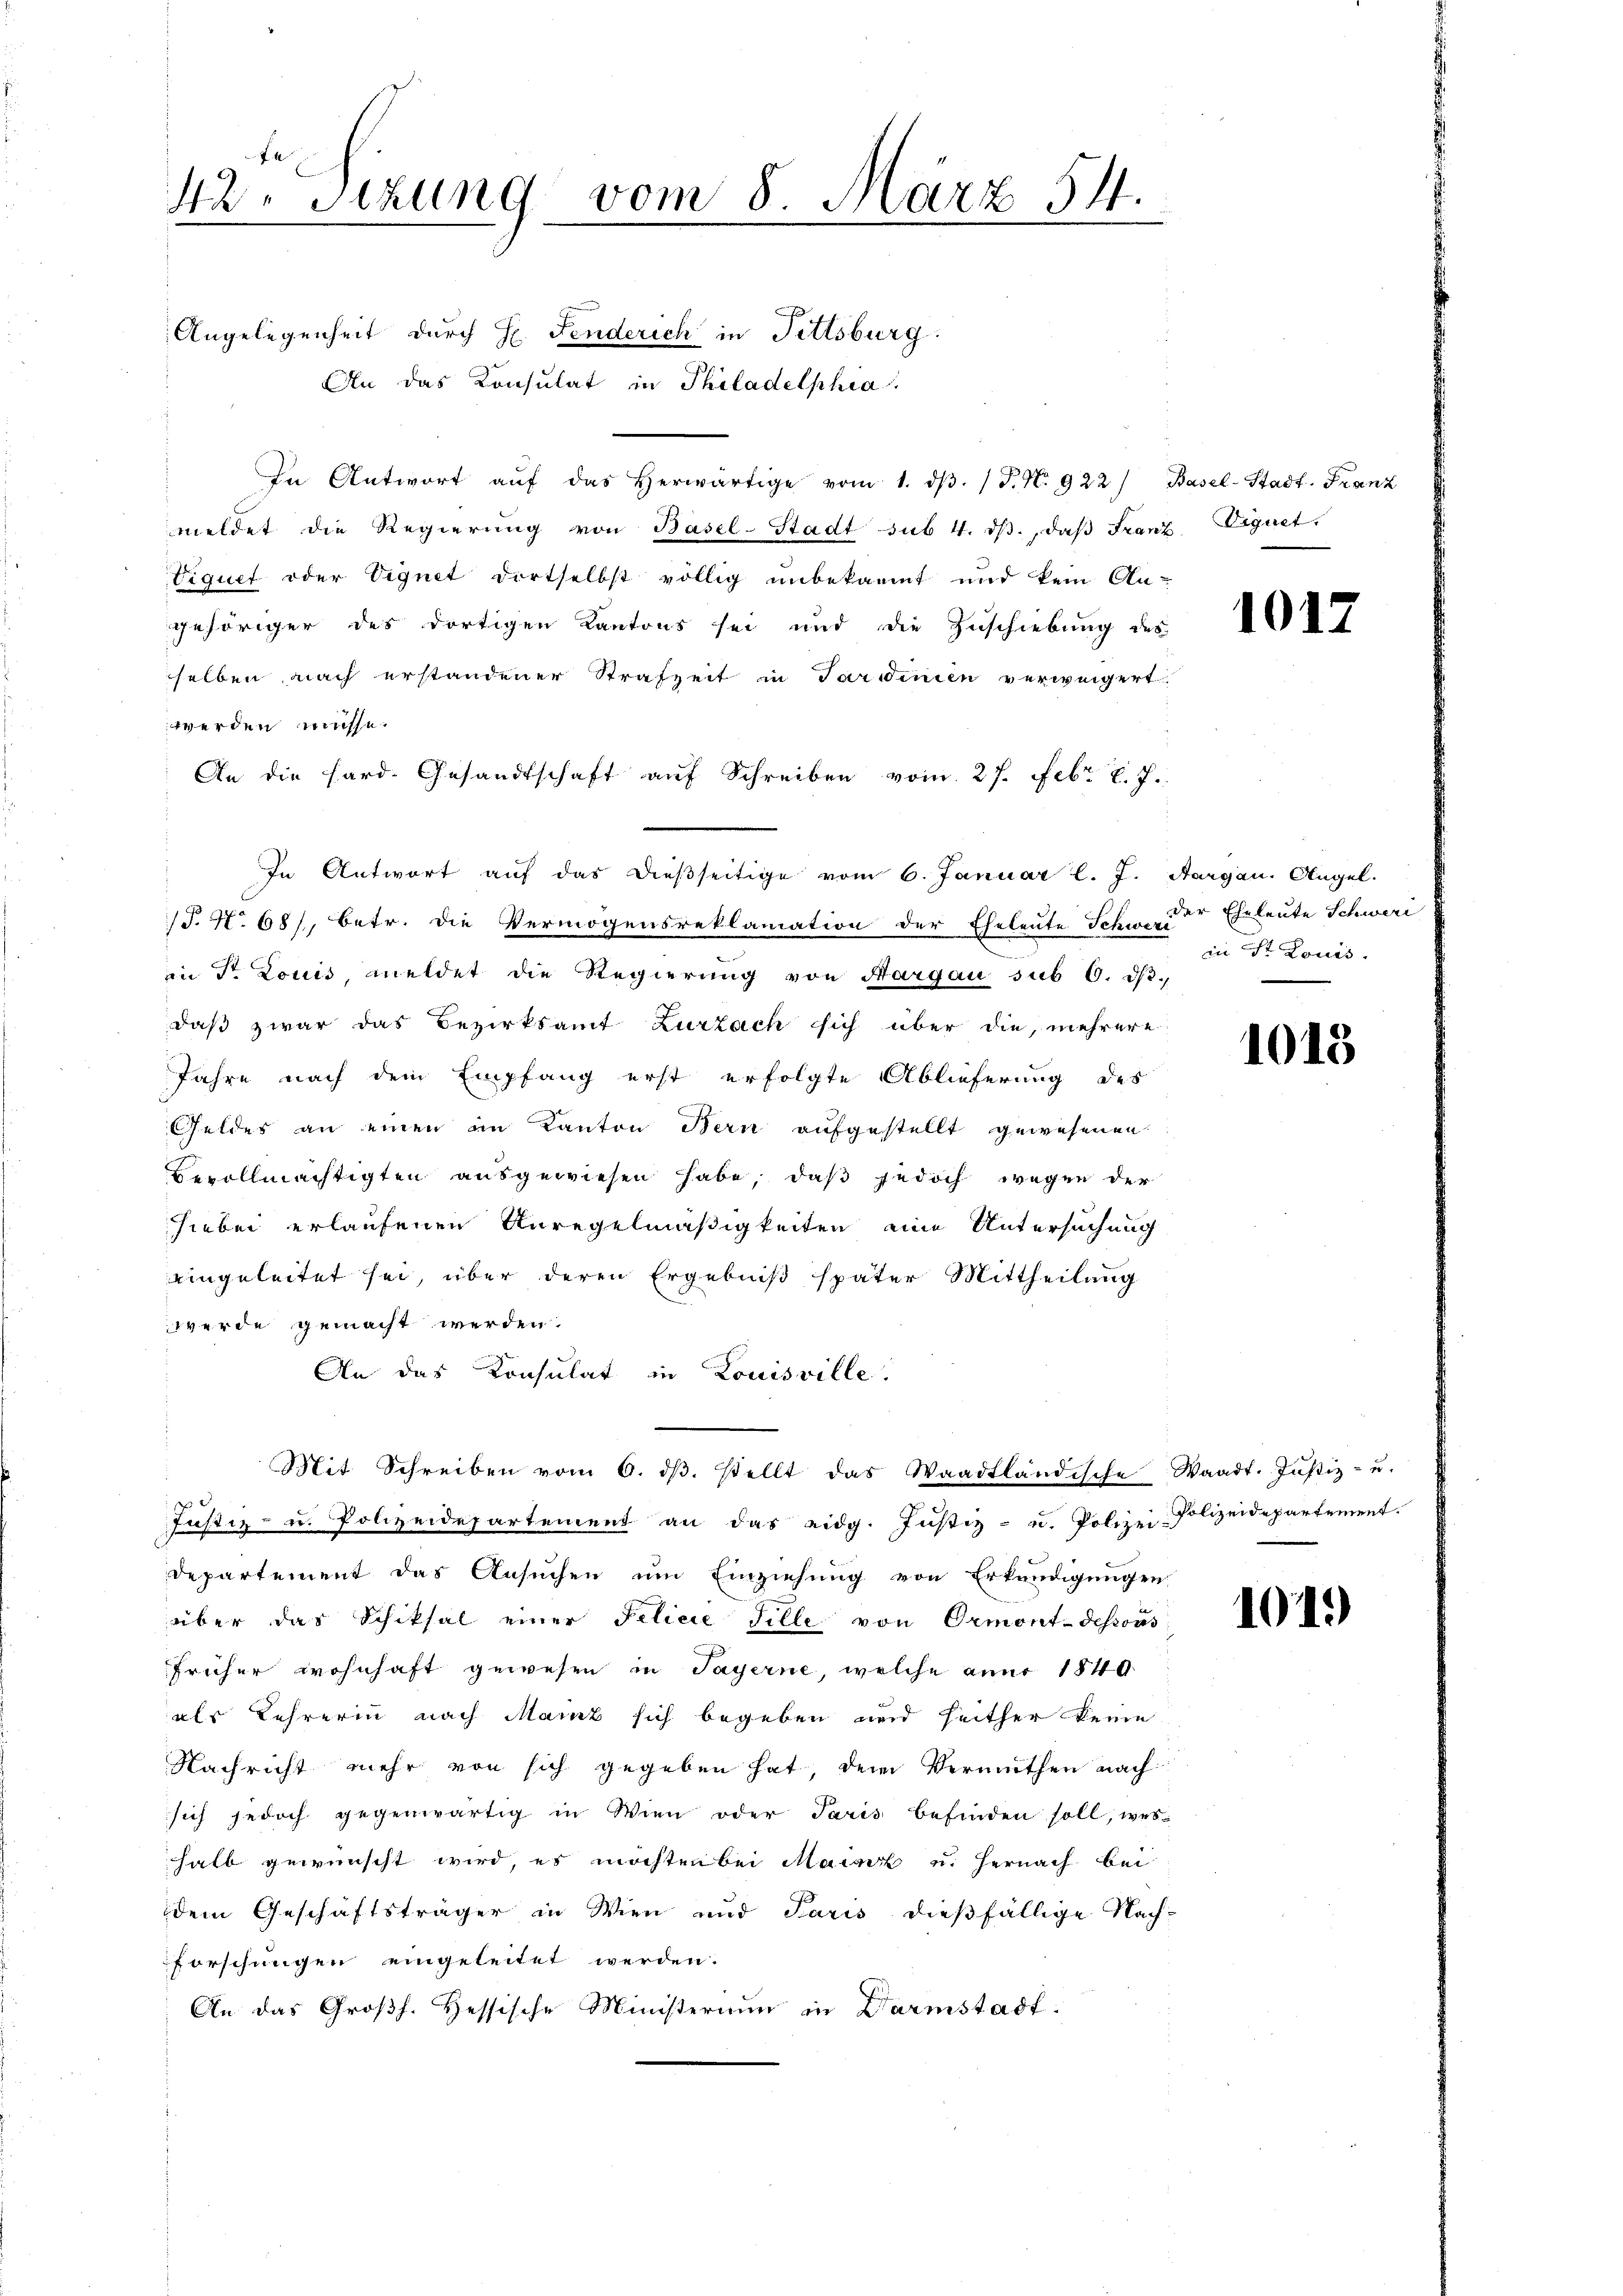
42. Stzung vom 8. März 54.
d

Angelegenheit durch H. Fenderich in Fittsburg:
An das Konsulat in Philadelphia
In Antwort aŭf das herwärtige vom 1. dβ. / P. N. 922) Basel-Stadt. Franz
meldet die Regierŭng von Basel-Stadt sub 4. dβ., daβ Franz Vignet.
Viquet oder Vignet dortselbst völlig unbekannt und kein An-
gehöriger des dortigen Kantons sei und die Zuschiebung des
selben nach erstandener Strafzeit in Tardinien verweigert
werden müsse.
An die Hard. Gesandtschaft auf Schreiben vom 27. Febr. l. J.
In Antwort auf das dießseitige vom 6. Januar l. J. Aargau. Angel.
/T. No 681, betr. die Vermögensreklamation der Eheleute Schweder Eheleute Schweri
.
in Dr. Louis, meldet die Regierung von Margau sub 6. d.
daß zwar das Bezirksamt Zurzach sich über die, mehrere
Jahre nach dem Empfang erst erfolgte Ablieferung des
Geldes an einen im Kanton Bern aufgestellt gewesenen
Bevollmächtigten ausgewiesen habe, daß jedoch wegen der
hiebei erlaufenen Anregelmäßigkeiten eine Untersuchung
eingeleitet sei, über deren Ergebniß später Mittheilung
werde gemacht werden.
An das Konsulat in Louisville.
Mit Schreiben vom 6. dβ. stellt das Waadtländische Waadt. Justiz- u.

Justiz- u. Polizeidepartement an das eidg. Justiz- u. Polizei-Polizeidepartement.
Departement das Ansuchen um Einziehung von Erkundigungen
über das Schiksal einer Felicie Fille von Ormont-dessous
früher wohnhaft gewesen in Payerne, welche aner 1840
als Lehrerin nach Manz sich begeben und heither keine
Nachricht mehr von sich gegeben hat, dem Vermuthen nach
sich jedoch gegenwärtig in Wien oder Paris befinden soll, wes-
halb gewünscht wird, es möchten bei Mainirt u. hernach bei
dem Geschäftsträger in Wien und Paris dießfällige Nach-
forschungen eingeleitet werden.
An das Großh. Hessische Ministerium in Darmstadt¬

1017

in St. Louis-

1018

1019